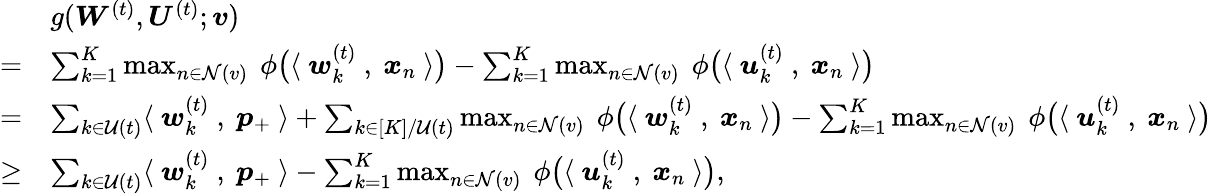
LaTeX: \begin{array}{rl}&{g({\boldsymbol W}^{(t)},{\boldsymbol U}^{(t)};{\boldsymbol v})}\\ {=}&{\sum_{k=1}^{K}\operatorname*{max}_{n\in\mathcal{N}(v)}~\phi\big(\langle~{\boldsymbol w}_{k}^{(t)}~,~{\boldsymbol x}_{n}~\rangle\big)-\sum_{k=1}^{K}\operatorname*{max}_{n\in\mathcal{N}(v)}~\phi\big(\langle~{\boldsymbol u}_{k}^{(t)}~,~{\boldsymbol x}_{n}~\rangle\big)}\\ {=}&{\sum_{k\in\mathcal{U}(t)}\langle~{\boldsymbol w}_{k}^{(t)}~,~{\boldsymbol p}_{+}~\rangle+\sum_{k\in[K]/\mathcal{U}(t)}\operatorname*{max}_{n\in\mathcal{N}(v)}~\phi\big(\langle~{\boldsymbol w}_{k}^{(t)}~,~{\boldsymbol x}_{n}~\rangle\big)-\sum_{k=1}^{K}\operatorname*{max}_{n\in\mathcal{N}(v)}~\phi\big(\langle~{\boldsymbol u}_{k}^{(t)}~,~{\boldsymbol x}_{n}~\rangle\big)}\\ {\ge}&{\sum_{k\in\mathcal{U}(t)}\langle~{\boldsymbol w}_{k}^{(t)}~,~{\boldsymbol p}_{+}~\rangle-\sum_{k=1}^{K}\operatorname*{max}_{n\in\mathcal{N}(v)}~\phi\big(\langle~{\boldsymbol u}_{k}^{(t)}~,~{\boldsymbol x}_{n}~\rangle\big),}\end{array}